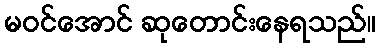
မဝင်အောင် ဆုတောင်းနေရသည်။